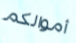
أموالكم